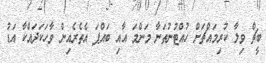
ބީޗް ވިލާ ކުރިމައްޗަށް ހުއްޓުނުތަނާ މަންމަ އާއި ބައްޕަ އެތެރެއިން ވާހަކަަދައްކާ އަޑު